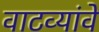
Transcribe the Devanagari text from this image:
वाटव्यांवे